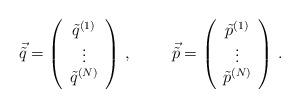
LaTeX: \begin{align*}\vec{\tilde{q}} = \left( \begin{array}{c}\tilde{q}^{(1)} \\\vdots \\\tilde{q}^{(N)} \\\end{array}\right)\, ,\hspace{1cm}\vec{\tilde{p}} = \left( \begin{array}{c}\tilde{p}^{(1)} \\\vdots \\\tilde{p}^{(N)} \\\end{array}\right)\, .\end{align*}